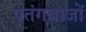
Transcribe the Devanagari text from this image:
पतंगबाजों